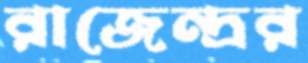
রাজেন্দ্রর